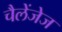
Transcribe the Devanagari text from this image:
चैलेंजेज